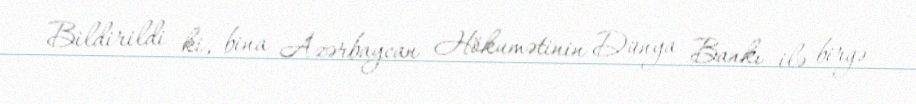
Bildirildi ki, bina Azərbaycan Hökumətinin Dünya Bankı ilə birgə